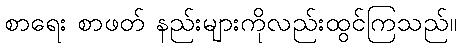
စာရေး စာဖတ် နည်းများကိုလည်းထွင်ကြသည်။